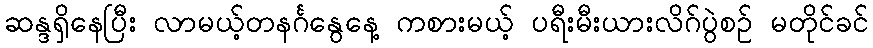
ဆန္ဒရှိနေပြီး လာမယ့်တနင်္ဂနွေနေ့ ကစားမယ့် ပရီးမီးယားလိဂ်ပွဲစဉ် မတိုင်ခင်